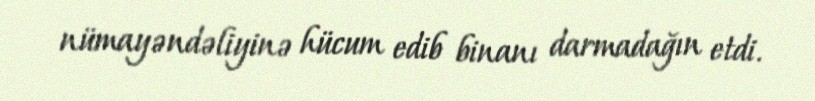
nümayəndəliyinə hücum edib binanı darmadağın etdi.